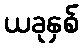
ယခုနှစ်